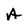
Character: A